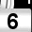
Digit: 6